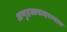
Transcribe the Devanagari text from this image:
अणुहल्ल्यादरम्यान